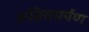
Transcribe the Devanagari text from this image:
अग्निसमर्पण